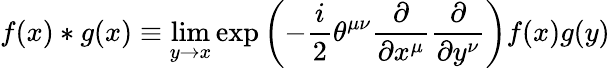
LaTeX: f(x)*g(x)\equiv\operatorname*{lim}_{y\rightarrow x}\exp\left(-\frac{i}{2}\theta^{\mu\nu}\frac{\partial}{\partial x^{\mu}}\frac{\partial}{\partial y^{\nu}}\right)f(x)g(y)